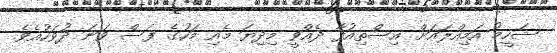
ޝަހީމު އަމިއްލައަށް އިސްތިއުފާ ދެއްވީ މިދިޔަ މެއި މަހުގެ ފަސް ވަނަ ދުވަހުއެވެ.